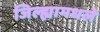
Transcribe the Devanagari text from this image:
जिल्ह्यामधले